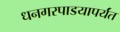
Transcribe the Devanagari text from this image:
धनगरपाडयापर्यंत